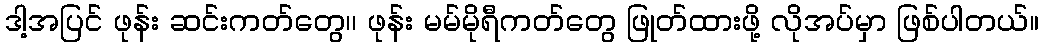
ဒါ့အပြင် ဖုန်း ဆင်းကတ်တွေ၊၊ ဖုန်း မမ်မိုရီကတ်တွေ ဖြုတ်ထားဖို့ လိုအပ်မှာ ဖြစ်ပါတယ်။